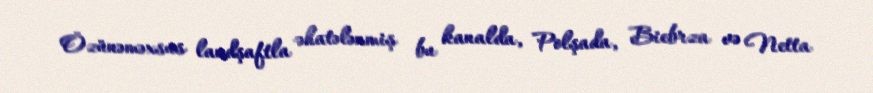
Özünəməxsus landşaftla əhatələnmiş bu kanalda, Polşada, Biebrza və Netta